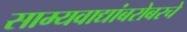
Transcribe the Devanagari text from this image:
साम्यवाद्यांबरोबरचे